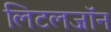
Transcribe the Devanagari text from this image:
लिटलजॉन